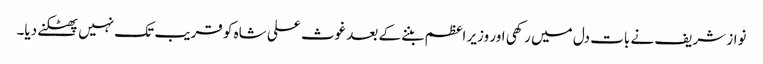
نواز شریف نے بات دل میں رکھی اور وزیر اعظم بننے کے بعد غوث علی شاہ کو قریب تک نہیں پھٹکنے دیا۔